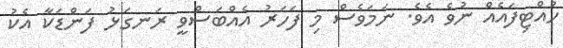
ހުއްޓިފައެއް ނުވެ އެވެ. ނަމަވެސް މި ފަހަރު އެއްބަސްވީ ރަނގަޅު ފަންޑަކާ އެކު